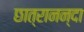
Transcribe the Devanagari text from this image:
छात्रानन्दा